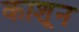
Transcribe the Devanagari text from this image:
काशून